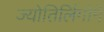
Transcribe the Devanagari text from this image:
ज्योतिर्लिगोंमें